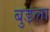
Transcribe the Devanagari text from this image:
बुडला